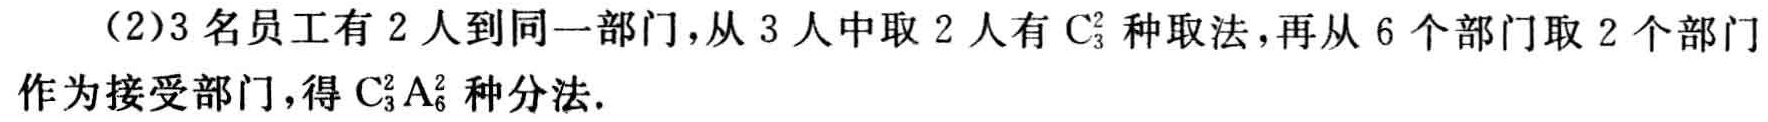
（2）3名员工有2人到同一部门，从3人中取2人有\(C_{3}^{2}\)种取法，再从6个部门取2个部门作为接受部门，得\(C_{3}^{2}A_{6}^{2}\)种分法.